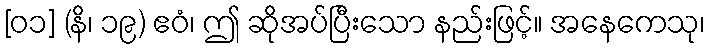
[၀၁] (နိ၊ ၁၉) ဧဝံ၊ ဤ ဆိုအပ်ပြီးသော နည်းဖြင့်။ အနေကေသု၊